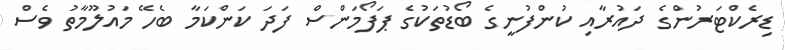
ޑިރެކްޓަރުންގެ ދައުރާއި ކުންފުނީގެ ބޯޑުތަކުގެ ޕަފޯމަންސް ފަދަ ކަންކަމާ ބެހޭ މައުލޫމާތު ވެސް